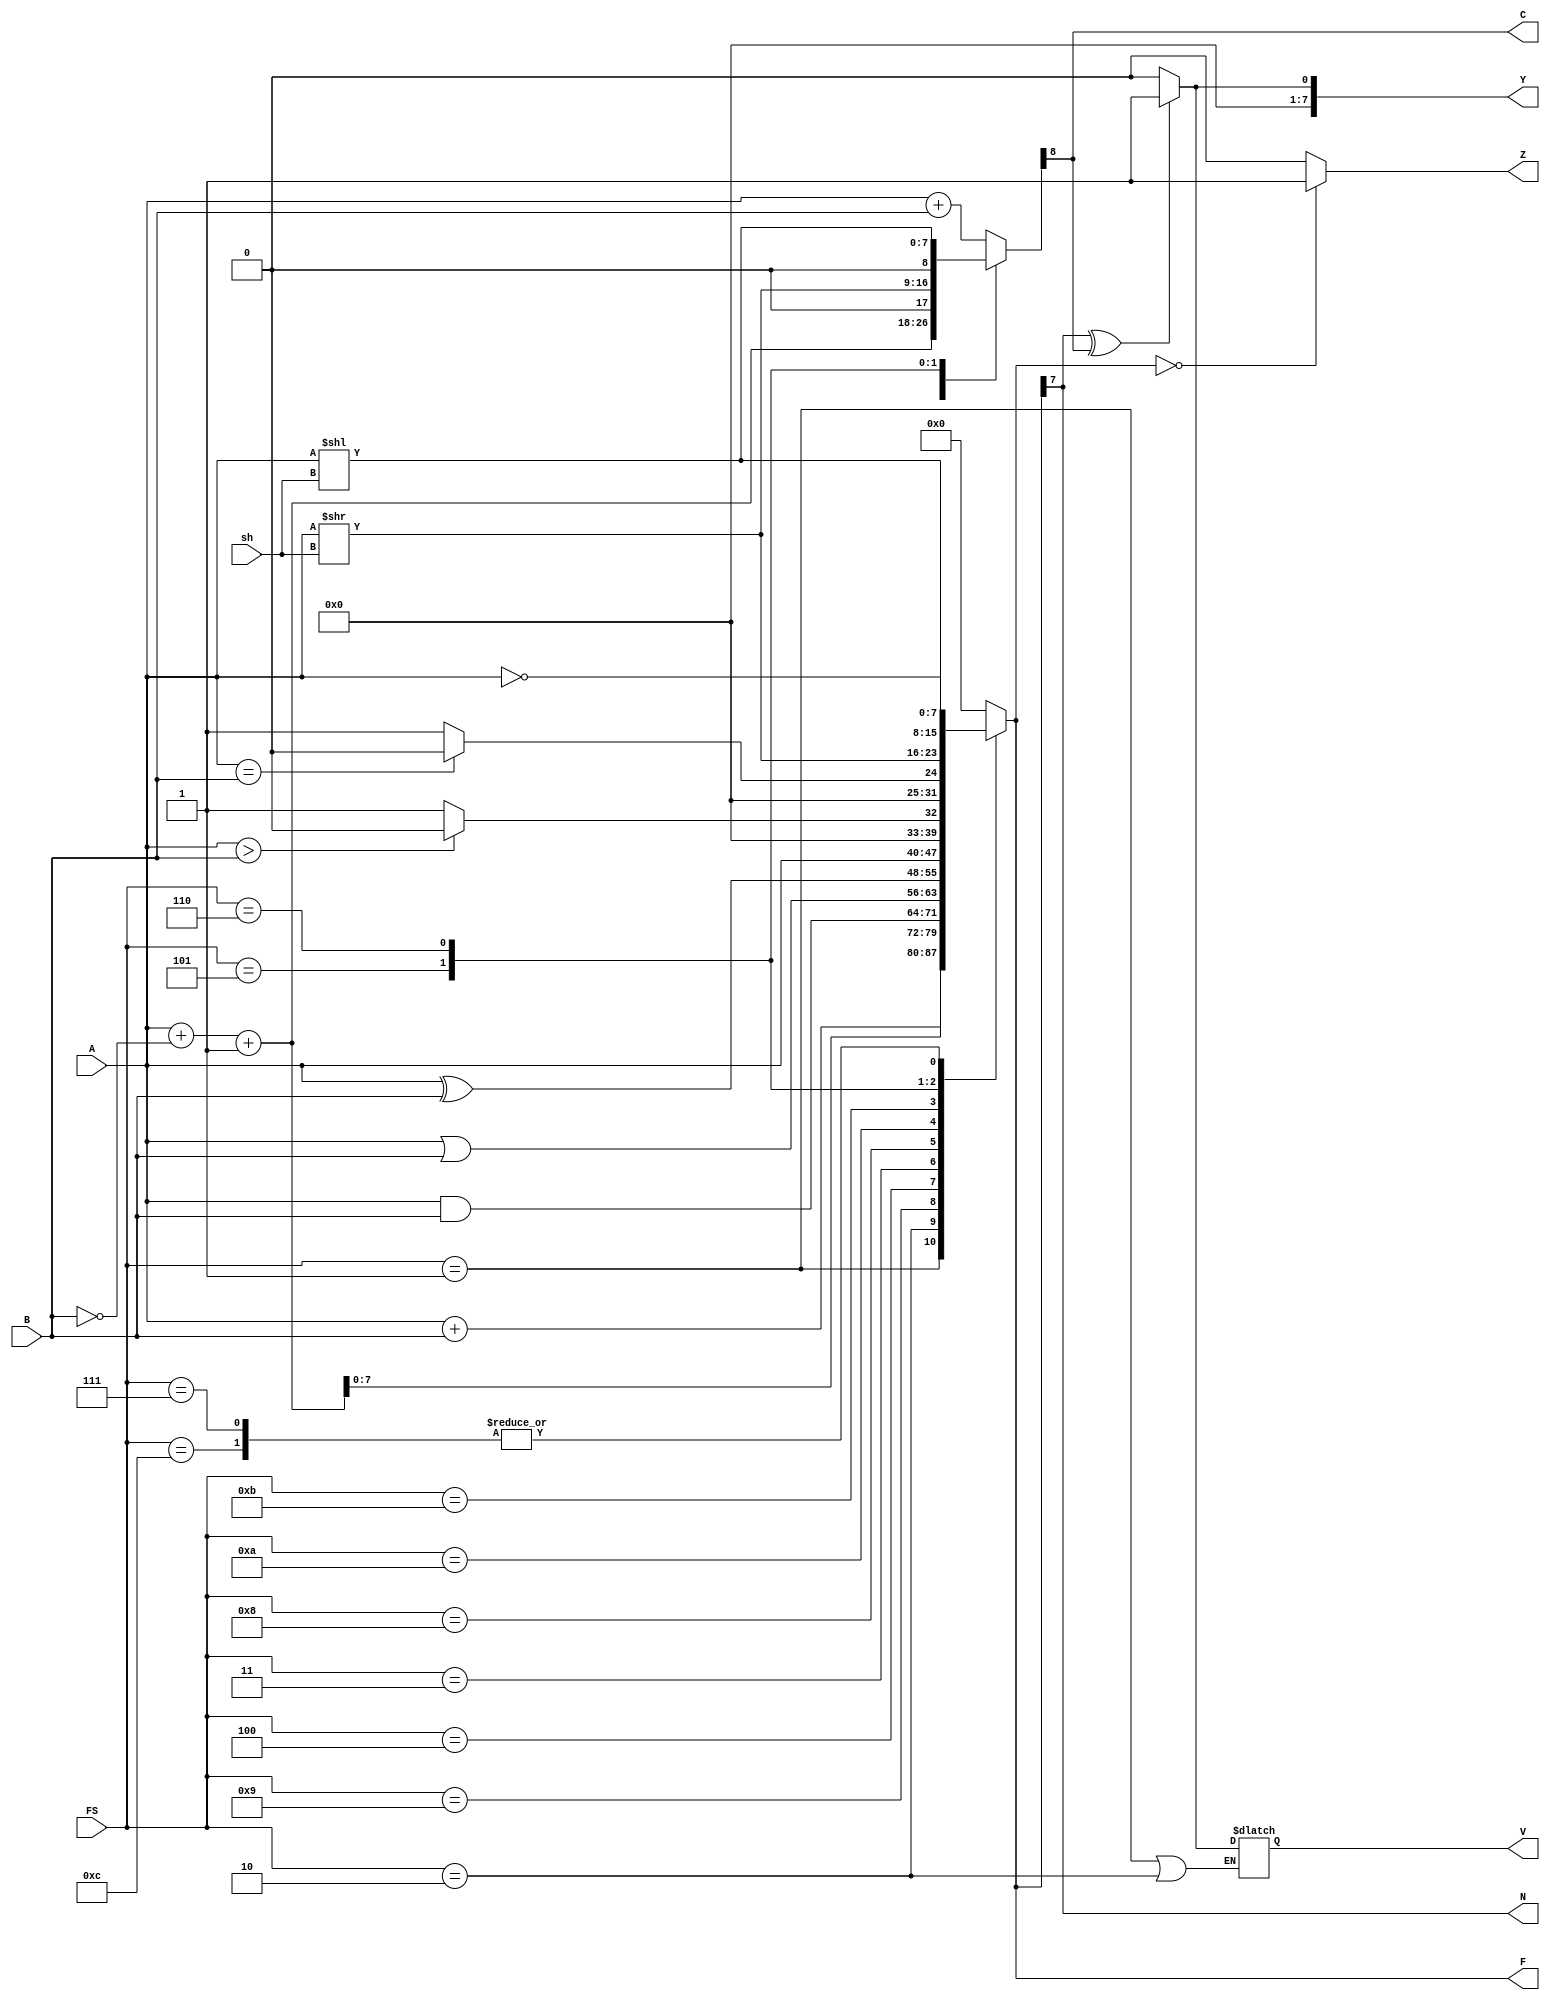
`timescale 1ns / 1ps
//////////////////////////////////////////////////////////////////////////////////
// Company: 
// Engineer: 
// 
// Design Name: 
// Module Name: alu
// Project Name: 
// Target Devices: 
// Tool Versions: 
// Description: 
// 
// Dependencies: 
// 
// Revision:
// Revision 0.01 - File Created
// Additional Comments:
// 
//////////////////////////////////////////////////////////////////////////////////

module alu(
           input [7:0] A,
           input [7:0] B,  // ALU 8-bit Inputs                 
           input [3:0] FS,// ALU 4 Selection
           input [2:0] sh, //shift  project
           output [7:0] F, // ALU 8-bit Output
           output C, // Carry Out Flag
           output N ,//negative flag
           output V ,// overflow flag
           output Z, // zero flag
           output reg [7:0]Y         
    );
reg [7:0] outputreg ;// output register to store values
reg [8:0] carryreg;
reg zeroflag;
reg overflowflag;
reg carryflag;
reg negativeflag;
/*reg [8:0] A_extra;
reg [8:0] B_extra;*/

parameter nop = 4'b0000; // value 0
parameter add = 4'b0001; //value 1
parameter sub = 4'b0010; //value 2
parameter xor2 = 4'b0011; // value 3
parameter or2 = 4'b0100; //value 4
parameter logicshift_right = 4'b0101; //value 5
parameter logicshift_left = 4'b0110; //value 6
parameter compliment =	4'b0111; //value 7
parameter bypass =	4'b1000; //value 8
parameter and2 = 4'b1001; //value 9
parameter greater_comparison = 4'b1010; //value 10
parameter equality_comparison = 4'b1011; // value 11
parameter not2 = 4'b1100; // value 12

/*initial
begin
assign A_extra = {0,A};
assign B_extra = {0,B};
end*/

always @ (sh or A or B)
begin
case(FS)
    add:
    begin
    outputreg = A + B; //add a and b
    carryreg = A + B;
    end
    sub:
    begin
    outputreg = A + ~B + 1; // sub a - b
    carryreg = A + ~B + 1;
    end
    and2:
    outputreg = A & B; // a and b
    or2:
    outputreg = A | B; // a or b
    xor2:
    outputreg = A ^ B; // xor a and b
    bypass:
    outputreg = A; // by pass a to output
    not2:
    outputreg = ~A; // negate a and give to output
    greater_comparison:
    outputreg = A>B ? 1'b0 : 1'b1 ; //output a if a larger b if  b is larger.
    equality_comparison:
    outputreg = A==B ? 8'h0 : 8'h1; // outputs zero or 1  
    logicshift_right:
    begin
    outputreg = A >> sh; //  right shift
    carryreg = outputreg;
    end
    logicshift_left:
    begin
    outputreg = A << sh; // left shift
    carryreg = outputreg;
    end
    compliment:
    outputreg = ~A;
    default:
    outputreg = 9'h0;
endcase


zeroflag = (outputreg == 0 )? 1'b1: 1'b0;// zero flag is set when the output register value is 0

negativeflag = outputreg[7];// negative flag is set when there is a one in the seventh bit

carryflag = carryreg[8];// carrry flag is set if there is a carry

if (FS == 1 | FS == 2) //Add
   begin
   overflowflag = (negativeflag ^ carryflag) ? 1'b1 : 1'b0;
  //overflowflag =  (((A[7] & B[7]) & ~(outputreg[7])) | ((~A[7] & ~B[7]) & outputreg[7])) ? 1'b1 : 1'b0; // overflow will happen when the carry of first msb and 2nd msb 's carry xor ed
   end
/*else if (FS == 2 )  //Sub
  begin
   overflowflag = (~(A[7] ^ B[7]) ^ outputreg[7]) ? 1'b1 : 1'b0;; // overflow consdition for the substract flag.
  end*/
Y[7:1]= 7'b0000000;
Y[0]=overflowflag;
end

assign F = outputreg[7:0];
assign N = negativeflag;
assign C = carryflag;
assign V = overflowflag;
assign Z = zeroflag;

endmodule